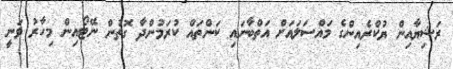
ރަޝިޔާއިން ޔުކްރެއިންގެ މައްސަލައަށް އަތްބާނައި ކަންތައް ކުރަމުންދާ ގޮތުން ނޭޓޯއިން މިހާރު ވަނީ